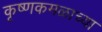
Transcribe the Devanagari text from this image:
कृष्णकमळाच्या